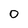
Character: 0